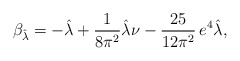
\begin{align*}\beta_{\hat\lambda}=-\hat \lambda+\frac{1}{8\pi^2}\hat\lambda\nu-\frac{25}{12\pi^2}\,e^4\hat \lambda,\end{align*}